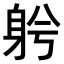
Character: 𨈲